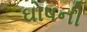
ઘોષની